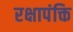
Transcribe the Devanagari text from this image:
रक्षापंक्ति